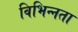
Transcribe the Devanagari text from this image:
विभिन्‍नता